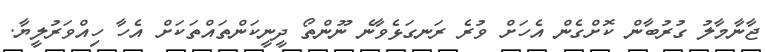
ޖާނާމާލު ގުރުބާން ކޮށްގެން އެހަށް ވުރެ ރަނގަޅެވާނެ ނޫންތޯ ދީނީކަންތައްތަކަށް އެހާ ހިއްވަރުލީޔާ.